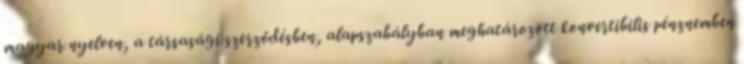
magyar nyelven, a társasági szerződésben, alapszabályban meghatározott konvertibilis pénznemben